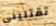
تقتليني